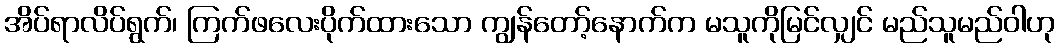
အိပ်ရာလိပ်ရွက်၊ ကြက်ဖလေးပိုက်ထားသော ကျွန်တော့်နောက်က မသူကိုမြင်လျှင် မည်သူမည်ဝါဟု